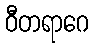
ဝီတရာဂေ